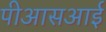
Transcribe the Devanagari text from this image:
पीआसआई